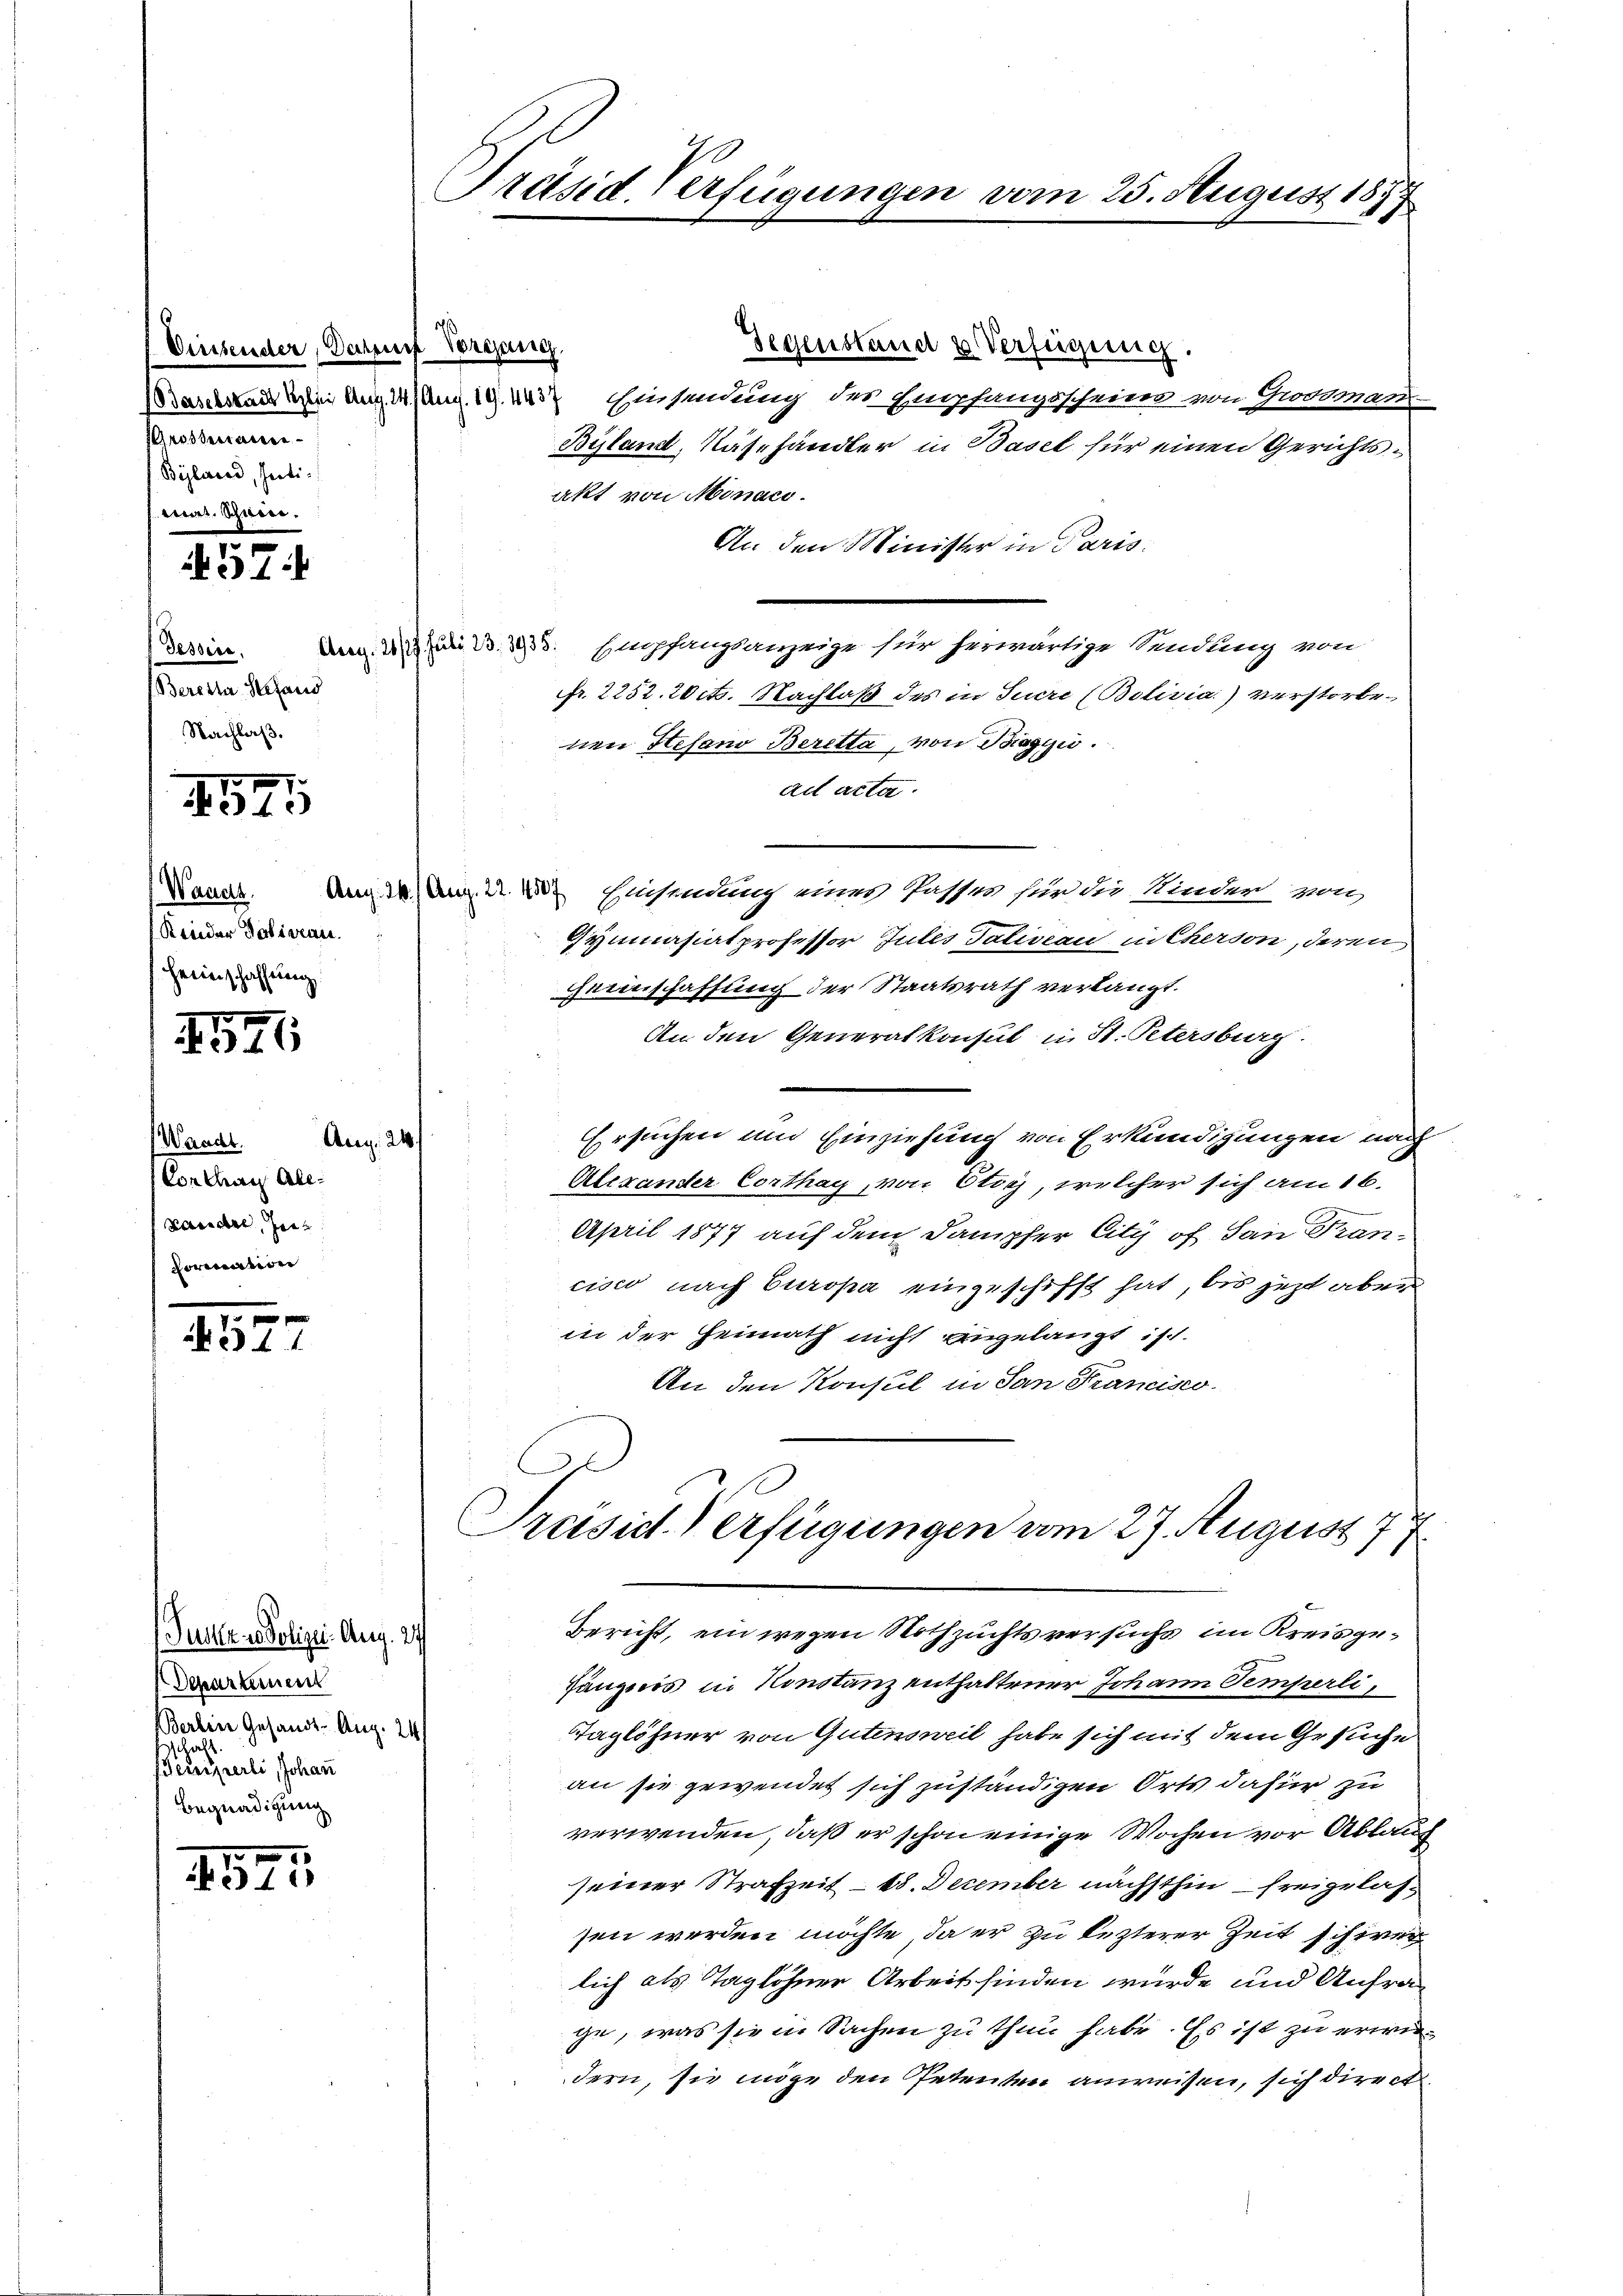
Diesender, Dachruf Vorgang
Grosserratete
Büglerad, seiti
Mit Schnerr¬

57

Tessire.
Bereitar Heraus
Nachlaß.

1575

Kinder Soliveau.
Heeinschaffung

141

Aug. 24/
Waadt.
Conther Allf Landere Zeit
hormation

4527

Pusten Polizei Aug. 27
Departement
Berlin Gesandt - Aug. 24
 einen eine ein Johann
Begnadigung

1525

Präsid. Verfügungen vom 25. August 1877

Gegenstand u Verfügung.
Bandernde bei Aug. 14. Aug. 19. 443 Einsendung der Empfangsscheine von Grossman
Byland, Näshändler in Basel für einen Gerichtsakt von Monaco.
An den Minister in Paris.
d 2 S. 33. Empfangsanzeige für herwärtige Sendung von
fr. 2252. 20 cts. Nachlaß des in Sucre (Bolivia.) verstorbe-
nen Hesano Beretta, von Biagyi.
ad acta.
Nanet. Am 16. Aug. 22. Einsendung eines Passer für die Kinder von
Gymnasialprofessor Gutes Taliveau in Cherson, deren
Geinschaffung der Staatsrath verlangt.
An den Generalkonsul in St. Petersburg.
Ersuchen und Einziehung von Erkundigungen nach
Alexander Corthay, von Otiyj, welcher sich am 16.
April 1877 auf dem Dampfer City of San Francisco nach Europa eingeschifft hat, bis jetzt aber
in der Heimath nicht angelangt ist.
An den Konsul in San Francisco
Preisid) erfügungen am 27. August 177
Bericht, ein wegen Nothzuchtsversuchs im Kreisgehängnis in Konstanz enthaltener Johann Temperli,
Taglöhner von Gutensweil habe sich mit dem Gesuche
an sie gewendet sich zuständigen Orts dafür zu
verwenden, daß er schon einige Wochen vor Ablaus
seiner Strafzeit - 68. December nächsthin freigelassen werden möchte, da er zu lezterer Zeit schiren
lich als Taglöhner Arbeit finden würde und Anfrage, was sie in Sachen zu thun habe. Es ist zu erwiedern, sie möge den Petenten anweisen, sich direct.